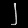
Digit: ၂